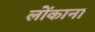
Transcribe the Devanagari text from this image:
लोंकाना